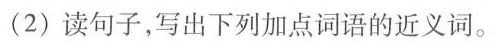
(2)读句子,写出下列加点词语的近义词。